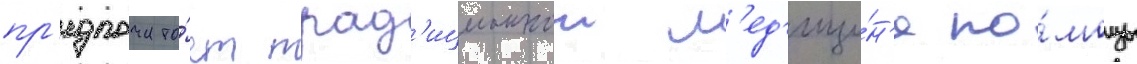
пр'едпочита́ет трад'иционнои м'ед'ици́н'е по́мощь